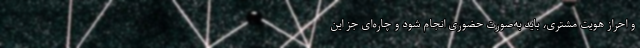
و احراز هویت مشتری، باید به‌صورت حضوری انجام شود و چاره‌ای جز این